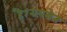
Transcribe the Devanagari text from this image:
है।रायसेन